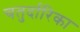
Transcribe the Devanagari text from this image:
चतुर्दारिका